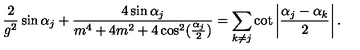
{ \frac { 2 } { g ^ { 2 } } } \sin \alpha _ { j } + { \frac { 4 \sin \alpha _ { j } } { m ^ { 4 } + 4 m ^ { 2 } + 4 \cos ^ { 2 } ( { \frac { \alpha _ { j } } { 2 } } ) } } = \sum _ { k \neq j } \cot \left| { \frac { \alpha _ { j } - \alpha _ { k } } { 2 } } \right| .